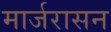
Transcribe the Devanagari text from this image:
मार्जरासन